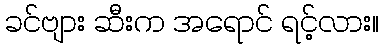
ခင်ဗျား ဆီးက အရောင် ရင့်လား။